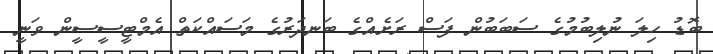
ބޮޑު ހިލަ ނުލިބުމުގެ ސަބަބުން ފަސް ރަށެއްގެ ބަނދަރުގެ މަސައްކަތް އެމްޓީސީސީން ވަނީ